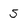
Character: 5